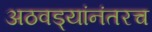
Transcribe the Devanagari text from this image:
अठवड्यांनंतरच